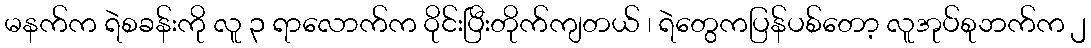
မနက်က ရဲစခန်းကို လူ ၃ ရာလောက်က ဝိုင်းပြီးတိုက်ကျတယ် ၊ ရဲတွေကပြန်ပစ်တော့ လူအုပ်စုဘက်က ၂